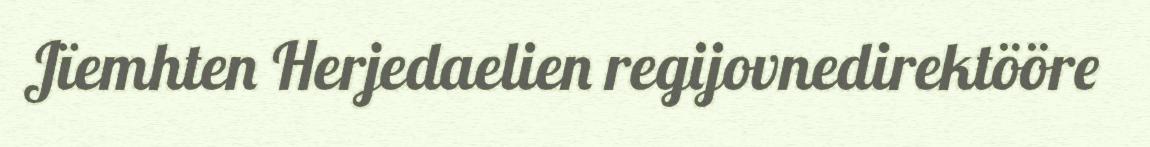
Jïemhten Herjedaelien regijovnedirektööre